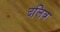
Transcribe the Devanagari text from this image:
दलित्र